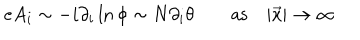
LaTeX: e A _ { i } \sim - i \partial _ { i } \ln \phi \sim N \partial _ { i } \theta \qquad \mathrm { a s } \quad | \vec { x } | \to \infty